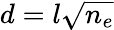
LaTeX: d=l{\sqrt{n_{e}}}